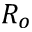
R _ { o }